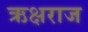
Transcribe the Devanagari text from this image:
ऋक्षराज